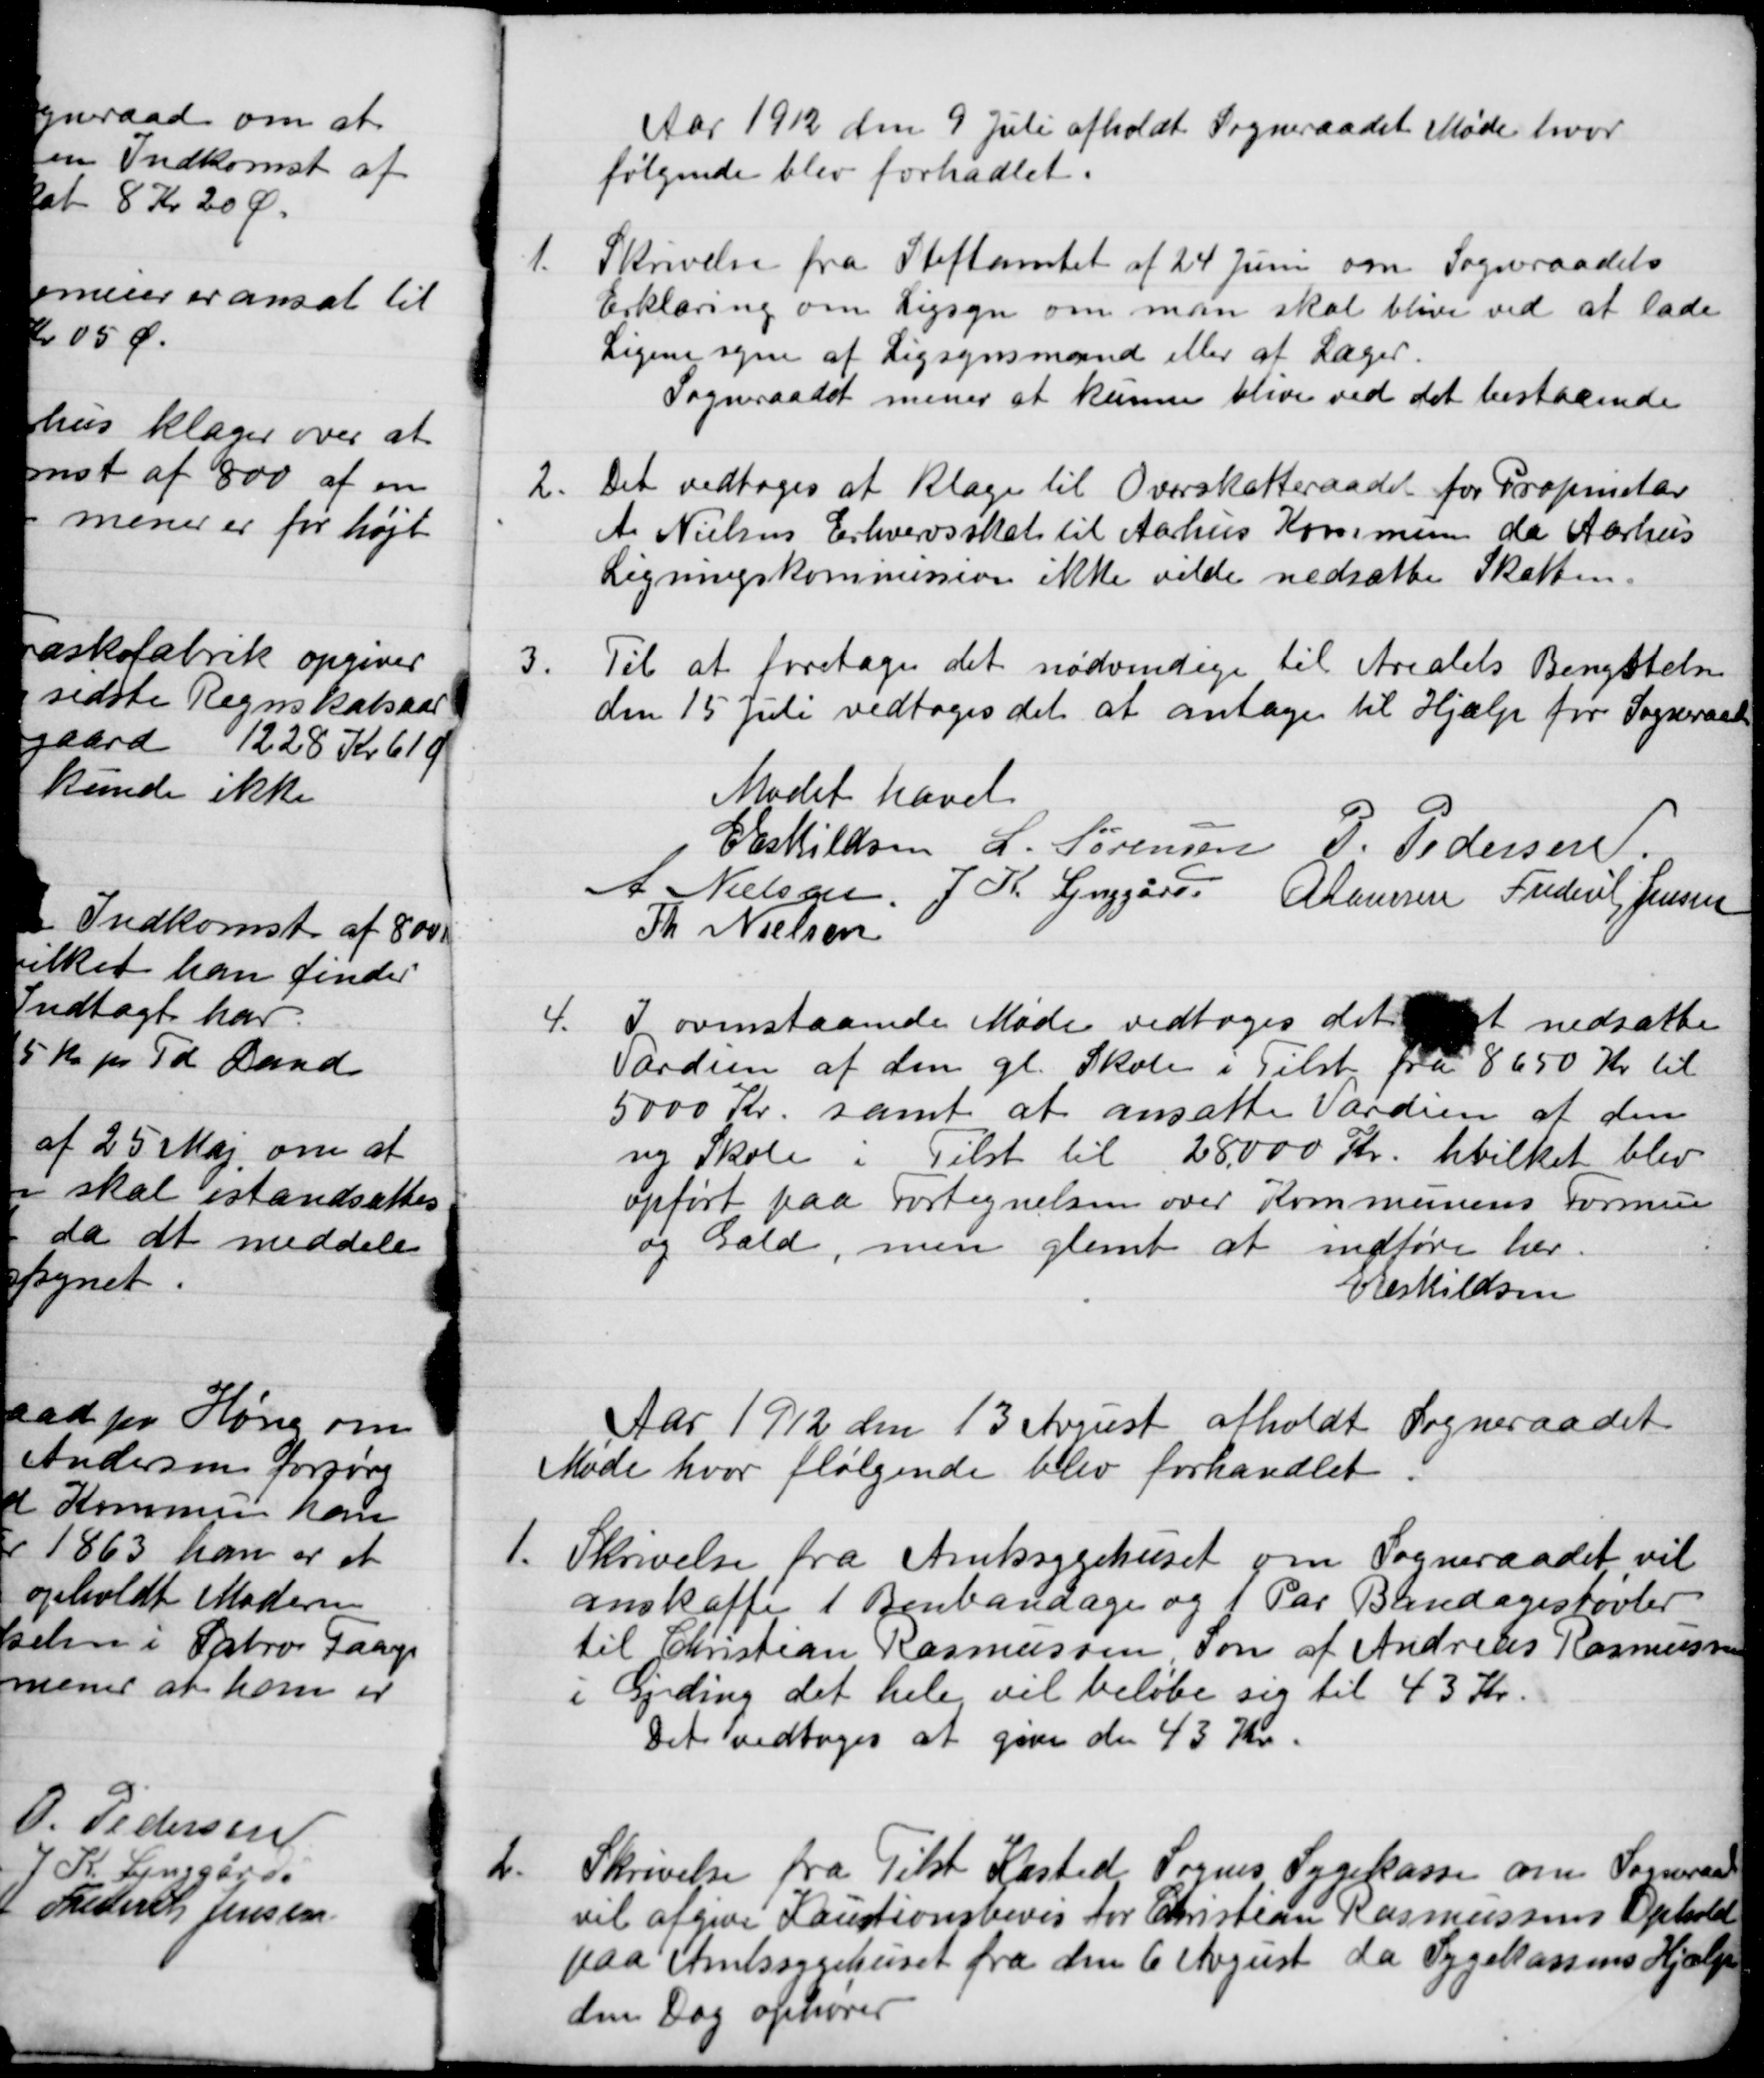
Transskription:
Aar 1912 den 9 Juli afholdt Sogneraadet Møde hvor
følgende blev forhadlet.
Skrivelse fra Stiftamtet af 24 Juni om Sogneraadets
1.
Erklæring om Ligsyn om man skal blive ved at lade
Ligene syne af Ligsynsmand eller at Læger.
Sogneraadet mener at kunne blive ved det bestaaende
2.
Det vedtoges at klage til Overskatteraadet for Proprietær
A. Nielsens Erhvervsskat til Aarhus Kommunen da Aarhus
Ligningskommission ikke vilde nedsætte Skatten.
3.
Til at foretages det nødvendige til Arealets Benyttelse
den 15 Juli vedtoges det at antage til Hjælp for Sogneraadet
Mødet hævet
E Eskildsen
L. Sørensen
P. Pedersen
A Nielsen
J. K. Lynggård
A. Laursen
Frederik Jensen
Th. Nielsen
4.
I ovenstaaende Møde vedtoges det at nedsatte
Vordien af den gl. Skole i Tilst fra 8650 Kr til
5000 Kr. samt at ansatte Værdien af den
ny Skole i Tilst til 28.000 Kr. hvilket blev
opført paa Fortegnelsen over Kommunens Formue
og Gald, men glemt at indføre her.
E Eskildsen
Aar 1912 den 13 August afholdt Sogneraadet
Møde hvor følgende blev forhandlet
1.
Skrivelse fra Amtssygehuset om Sogneraadet vil
anskaffe 1 Benbandage og 1 Par Bandagestøvler
til Christian Rasmussen Søn af Andreas Rasmussen
i Gjeding det hele vil beløbe sig til 43 Kr.
Det vedtoges at give de 43 Kr.
2.
Skrivelse fra Tilst Kasted Sognes Sygekasse om Sogneraadet
vil afgive Kautionsbevis for Christian Rasmussens Ophold
paa Amtssygehuset fra den 6 August da Sygekassens Hjælp
den Dag ophører